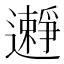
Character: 𨘱